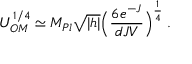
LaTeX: U _ { O M } ^ { 1 / 4 } \simeq M _ { P l } \sqrt { | h | } \Big ( \frac { 6 e ^ { - J } } { d J V } \Big ) ^ { \frac { 1 } { 4 } } \; .